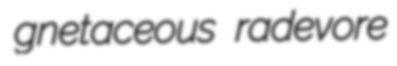
gnetaceous radevore